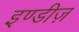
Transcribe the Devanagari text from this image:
इण्डीज़